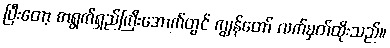
ပြီးတော့ စာရွက်ရှည်ကြီးအောက်တွင် ကျွန်တော် လက်မှတ်ထိုးသည်။